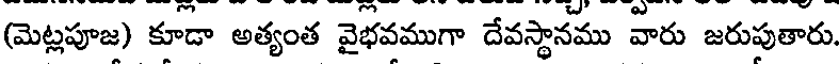
(మెట్లపూజ) కూడా అత్యంత వైభవముగా దేవస్థానము వారు జరుపుతారు.